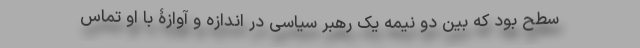
سطح بود که بین دو نیمه یک رهبر سیاسی در اندازه و آوازۀ با او تماس